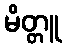
မိတ္တူ